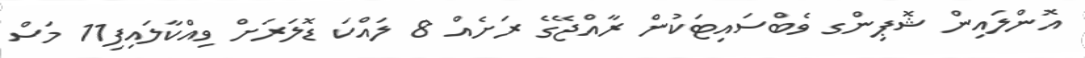
އޮންލައިން ޝޮޕިންގ ވެބްސައިޓަކުން ރާއްޖޭގެ ރަށެއް 8 ލައްކަ ޑޮލަރަށް ވިއްކާލައިފި11 މަސް